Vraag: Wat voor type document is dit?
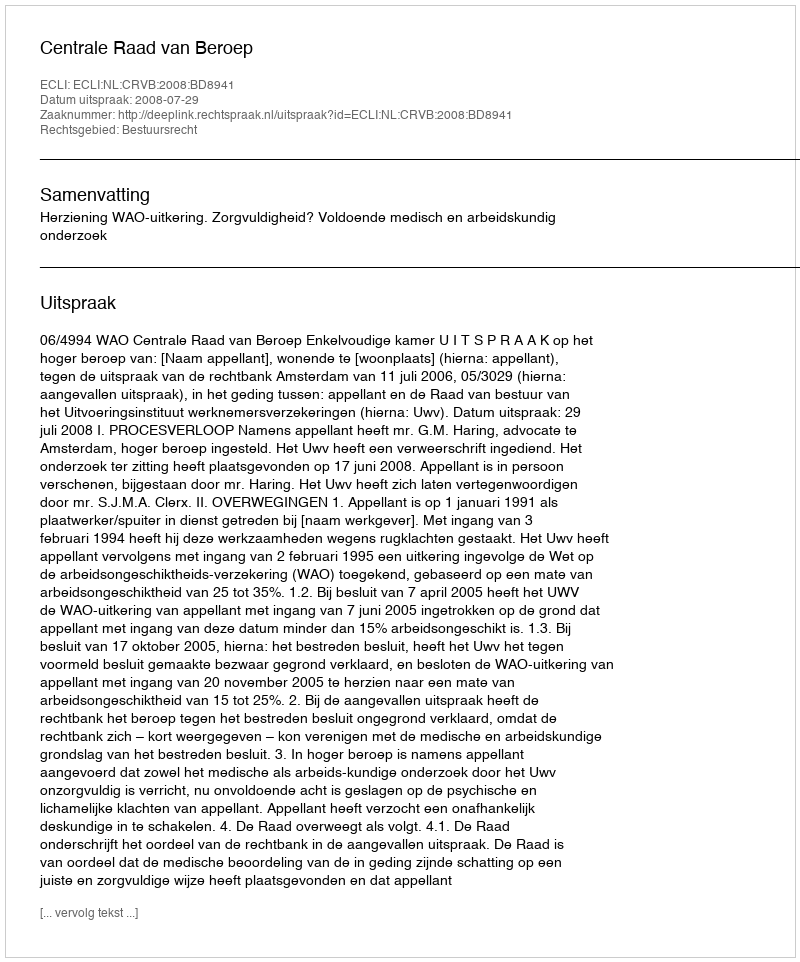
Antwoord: Uitspraak